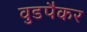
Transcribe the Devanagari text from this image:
वुडपैकर